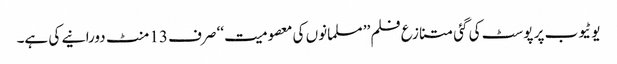
یوٹیوب پر پوسٹ کی گئی متنازع فلم ’’ مسلمانوں کی معصومیت‘‘ صرف 13 منٹ دورانیے کی ہے۔